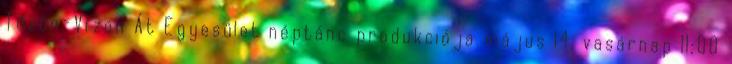
Tűzön-Vízen Át Egyesület néptánc produkciója május 14. vasárnap 11:00